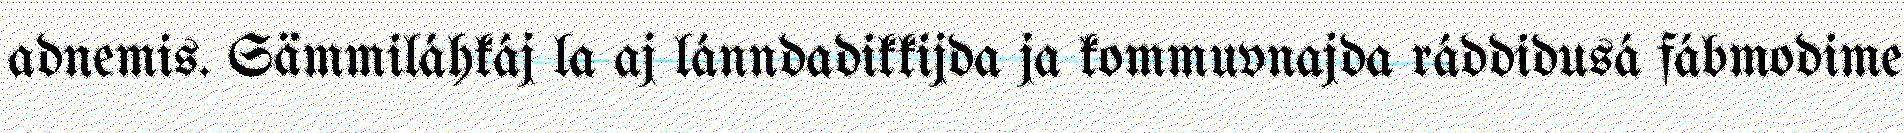
adnemis. Sämmiláhkáj la aj lánndadikkijda ja kommuvnajda ráddidusá fábmodime